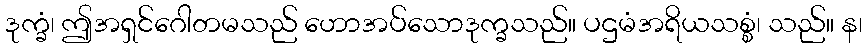
ဒုက္ခံ၊ ဤအရှင်ဂေါတမသည် ဟောအပ်သောဒုက္ခသည်။ ပဌမံအရိယသစ္စံ၊ သည်။ န၊